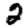
Digit: 2